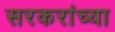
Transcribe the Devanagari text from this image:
सरकरांच्या